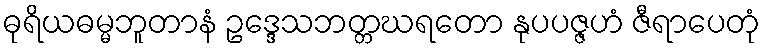
ဓုရိယဓမ္မဘူတာနံ ဥဒ္ဒေသဘတ္တဃရတော နုပပဇ္ဇဟံ ဇီရာပေတုံ